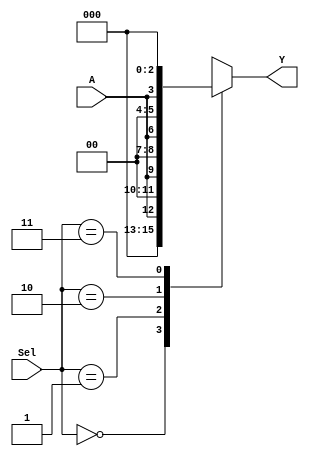
module demux1to4(
	input						 A,
	input [1:0]      Sel,
  output reg [3:0] Y
);

  always @(*)
    case (Sel)
      2'b00   : Y <= {3'b0, A};
      2'b01   : Y <= {2'b0, A, 1'b0};
      2'b10   : Y <= {1'b0, A, 2'b0};
      2'b11   : Y <= {A, 3'b0};
      default : Y <= 4'b0000;
    endcase

endmodule

//zadania:
//1 wykorzystujac pomysl z 4_dekoder.v zrealizowac demultiplekser 1->4
/*
      +------+
      |     /|
      |    / |____
      |   /  |
      |  /   |
      | /    |____
______|/     |
      |\     |
      | \    |____
      |  \   |
      |   \  |
      |    \ |____
      |     \|
      +-+-+--+
        | |
        | |
*/
//2 wykorzystujac pomysl z 4_dekoder.v mozna zbudowac koder, transkoder